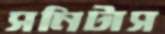
সনিটাস